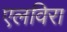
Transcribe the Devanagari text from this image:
एलविरा